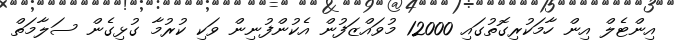
އިންޓެލް އިން ހާމަކުރިގޮތުގައި 12000 މުވައްޒަފުން އެކުންފުނިން ވަކި ކުރުމާ ގުޅިގެން ސަލާމަތް